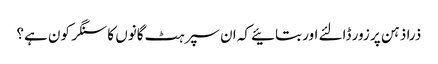
ذرا ذہن پر زور ڈالئے اور بتائیے کہ ان سپرہٹ گانوں کا سنگر کون ہے؟